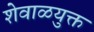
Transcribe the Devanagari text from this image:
शेवाळयुक्त